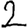
Digit: 2